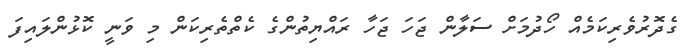
ގެދޮރުވެރިކަމެއް ހޯދުމަށް ސަލާން ޖަހަ ޖަހާ ރައްޔިތުންގެ ކެތްތެރިކަން މި ވަނީ ކޮޅުންލައިފަ